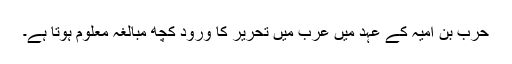
حرب بن امیہ کے عہد میں عرب میں تحریر کا ورود کچھ مبالغہ معلوم ہوتا ہے۔